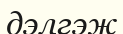
дэлгэж